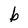
Character: b